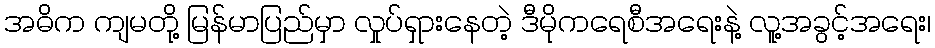
အဓိက ကျမတို့ မြန်မာပြည်မှာ လှုပ်ရှားနေတဲ့ ဒီမိုကရေစီအရေးနဲ့ လူ့အခွင့်အရေး၊